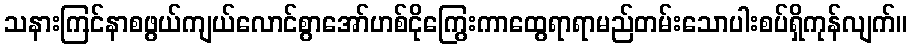
သနားကြင်နာစဖွယ်ကျယ်လောင်စွာအော်ဟစ်ငိုကြွေးကာထွေရာရာမည်တမ်းသောပါးစပ်ရှိကုန်လျက်။